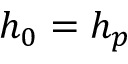
h _ { 0 } = h _ { p }